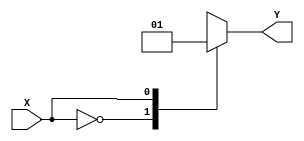
module case_statement_behavioral (
    input wire X,
    output reg Y
);

always @* begin
    case (X)
        2'b00: Y = 1'b0; // if X is 00, set Y to 0
        2'b01: Y = 1'b1; // if X is 01, set Y to 1
        2'b10: Y = 1'b0; // if X is 10, set Y to 0
        2'b11: Y = 1'b1; // if X is 11, set Y to 1
        default: Y = 1'b0; // default case
    endcase
end

endmodule